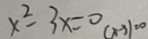
x ^ { 2 } - 3 x = 0 ( x - 3 ) = 0